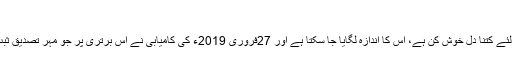
“
انڈین ائر چیف کا یہ اعتراف، پاکستان کے لئے کتنا دل خوش کن ہے، اس کا اندازہ لگایا جا سکتا ہے اور 27فروری 2019ء کی کامیابی نے اس برتری پر جو مہر تصدیق ثبت کی تھی، وہ مزید لہو گرمانے والی ہے!